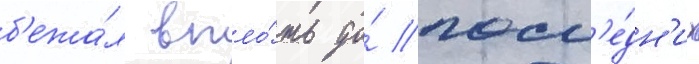
б'ежа́л впло́ть до́ посл'е́дн'их